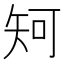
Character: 𥎵